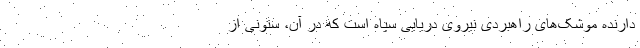
دارنده موشک‌های راهبردی نیروی دریایی سپاه است که در آن، ستونی از